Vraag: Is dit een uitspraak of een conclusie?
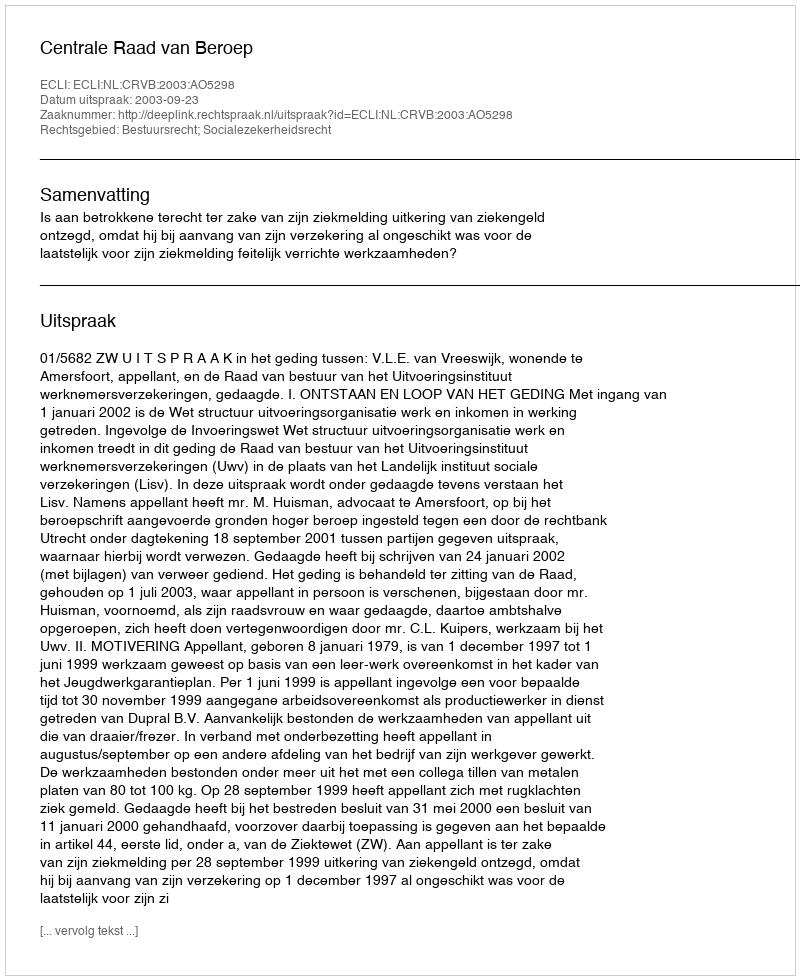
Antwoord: Uitspraak